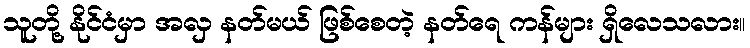
သူတို့ နိုင်ငံမှာ အလှ နတ်မယ် ဖြစ်စေတဲ့ နတ်ရေ ကန်များ ရှိလေသလား။